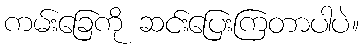
ကမ်းခြေကို ဆင်းပြေးကြတာပါပဲ။